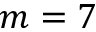
m = 7